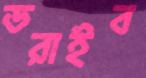
ডরাইব